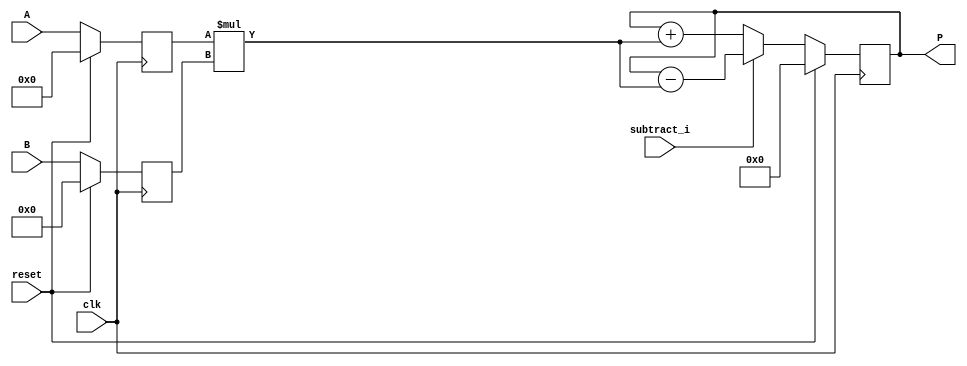
module dsp_mul_signed_reg_with_accum_output_is_not_reg_neg (clk, reset, subtract_i, A, B, P);
	input clk, reset, subtract_i;
	input signed [19:0] A;
	input signed [17:0] B;
	output signed [37:0] P;
	reg signed [19:0] i1;
	reg signed [17:0] i2;
	reg signed [37:0] mul, add_or_sub;
	always @(negedge clk) begin
		if(reset == 1) begin
			i1 <= 0;
			i2 <= 0;
		end
		else begin
			i1 <= A;
			i2 <= B;
		end
	end

	always @ (*)  begin
		mul  = i1 * i2;
	end
	
	always @(negedge clk)  begin
		if(reset == 1) begin
			add_or_sub <= 0;
		end
		else if (subtract_i)
			add_or_sub <= P - mul;
		else
			add_or_sub <= P + mul;
	end

	assign P = add_or_sub;
	
endmodule